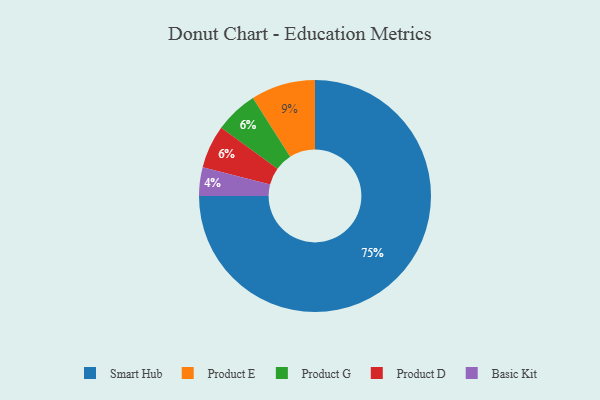
{"axis": {"x": "Category", "y": "Percentage"}, "legend": ["Basic Kit", "Product D", "Product E", "Product G", "Smart Hub"], "data": [{"x": "Basic Kit", "y": 4, "type": "Basic Kit"}, {"x": "Product G", "y": 6, "type": "Product G"}, {"x": "Smart Hub", "y": 75, "type": "Smart Hub"}, {"x": "Product D", "y": 6, "type": "Product D"}, {"x": "Product E", "y": 9, "type": "Product E"}]}